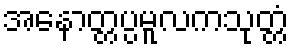
အနောတ္တပ္ပမူလကသုတ္တံ